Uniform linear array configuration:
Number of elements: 48
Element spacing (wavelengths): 1
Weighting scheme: hamming
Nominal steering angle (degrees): -45
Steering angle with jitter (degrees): -43.09
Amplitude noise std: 0.05
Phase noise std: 0.05

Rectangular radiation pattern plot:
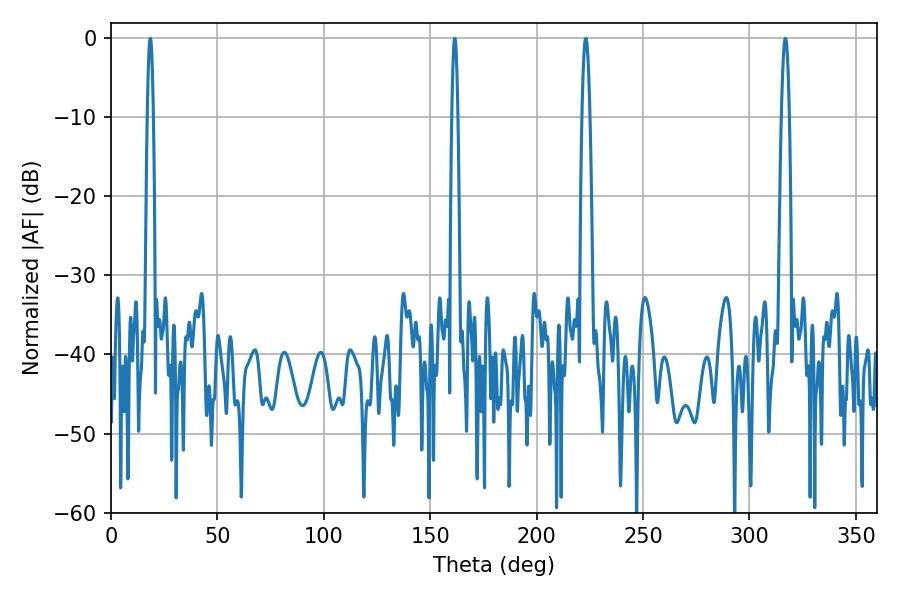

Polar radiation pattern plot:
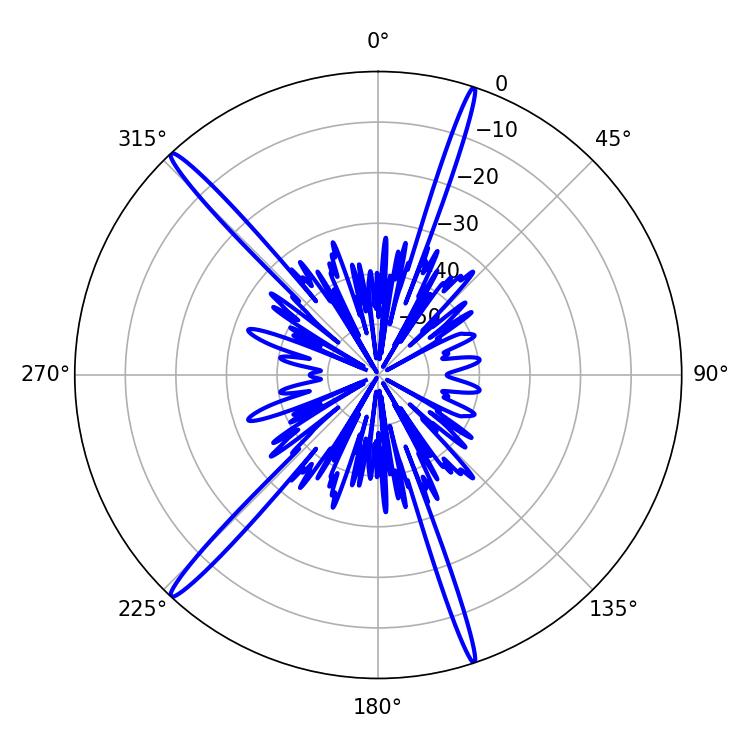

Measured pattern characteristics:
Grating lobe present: TRUE
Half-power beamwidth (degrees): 1.98
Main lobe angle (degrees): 223.02